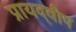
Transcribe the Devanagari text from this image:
प्रायद्‍वीप